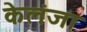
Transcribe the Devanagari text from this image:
केलंजा